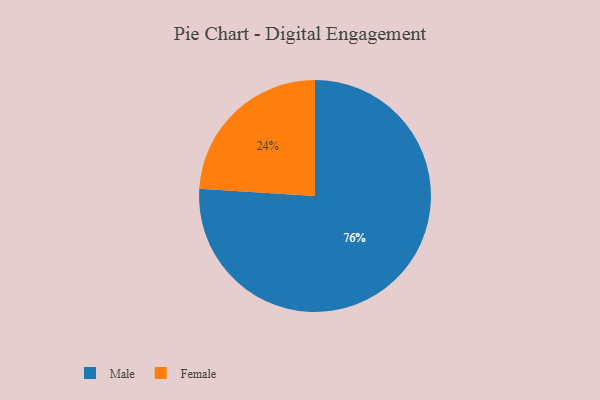
{"axis": {"x": "Category", "y": "Percentage"}, "legend": ["Female", "Male"], "data": [{"x": "Male", "y": 76, "type": "Male"}, {"x": "Female", "y": 24, "type": "Female"}]}